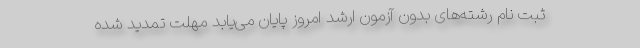
ثبت نام رشته‌های بدون آزمون ارشد امروز پایان می‌یابد مهلت تمدید شده